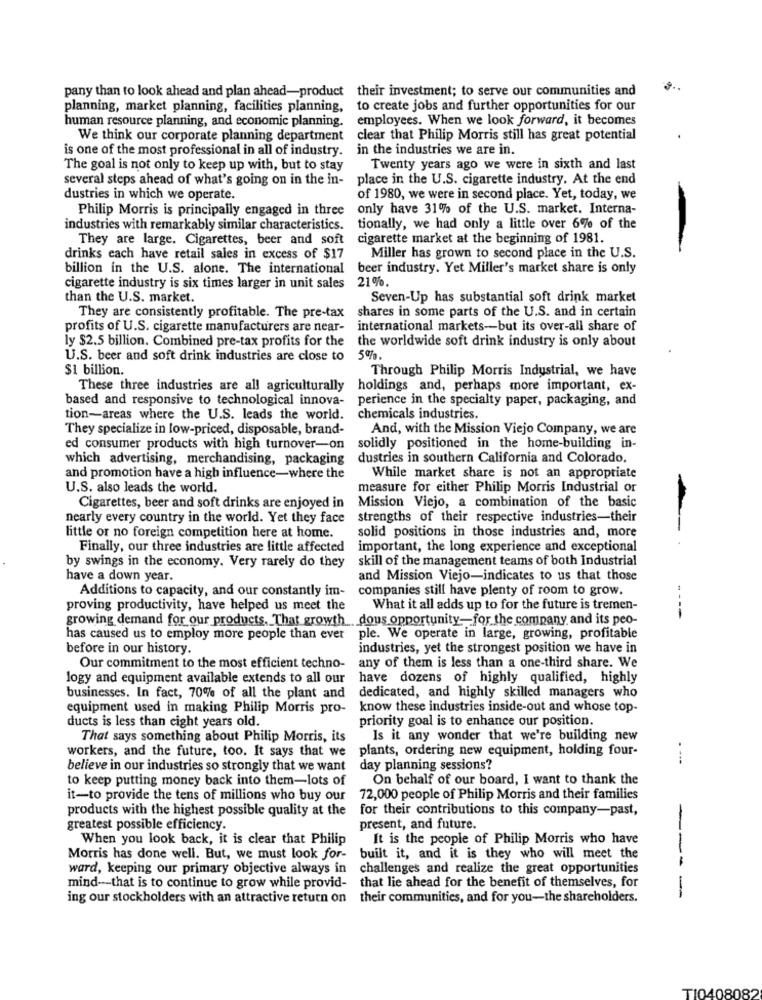
pany than to look ahead and plan ahead-product their investment; to serve our communities and
planning, market planning, facilities planning, to create jobs and further opportunities for our
human resource planning, and economic planning. employees. When we look forward, it becomes
We think our corporate planning department
clear that Philip Morris still has great potential
is one of the most professional in all of industry.
in the industries we are in.
The goal is not only to keep up with, but to stay
Twenty years ago we were in sixth and last
several steps ahead of what's going on in the in-
place in the U.S. cigarette industry. At the end
dustries in which we operate.
of 1980, we were in second place. Yet, today, we
Philip Morris is principally engaged in three
only have 31% of the U.S. market. Interna-
industries with remarkably similar characteristics.
tionally, we had only a little over 6% of the
They are large. Cigarettes, beer and soft
cigarette market at the beginning of 1981.
drinks each have retail sales in excess of $17
Miller has grown to second place in the U.S.
billion in the U.S. alone. The international
beer industry. Yet Miller's market share is only
21%.
cigarette industry is six times larger in unit sales
than the U.S. market.
Seven-Up has substantial soft drink market
shares in some parts of the U.S. and in certain
They are consistently profitable. The pre-tax
profits of U.S. cigarette manufacturers are near-
international markets -- but its over-all share of
ly $2.5 billion. Combined pre-tax profits for the
the worldwide soft drink industry is only about
U.S. beer and soft drink industries are close to
5%.
$1 billion.
Through Philip Morris Industrial, we have
These three industries are all agriculturally
holdings and, perhaps more important, ex-
based and responsive to technological innova-
perience in the specialty paper, packaging, and
tion-areas where the U.S. leads the world.
chemicals industries.
They specialize in low-priced, disposable, brand-
And, with the Mission Viejo Company, we are
ed consumer products with high turnover-on
solidly positioned in the home-building in-
which advertising, merchandising, packaging
dustries in southern California and Colorado.
and promotion have a high influence-where the
While market share is not an appropriate
U.S. also leads the world.
measure for either Philip Morris Industrial or
Mission Viejo, a combination of the basic
Cigarettes, beer and soft drinks are enjoyed in
nearly every country in the world. Yet they face
strengths of their respective industries-their
solid positions in those industries and, more
little or no foreign competition here at home.
Finally, our three industries are little affected
important, the long experience and exceptional
skill of the management teams of both Industrial
by swings in the economy. Very rarely do they
have a down year.
and Mission Viejo-indicates to us that those
Additions to capacity, and our constantly im-
companies still have plenty of room to grow.
proving productivity, have helped us meet the
What it all adds up to for the future is tremen-
growing demand for our products. That growth dous opportunity-for the company and its peo-
----
has caused us to employ more people than ever
ple. We operate in large, growing, profitable
before in our history.
industries, yet the strongest position we have in
Our commitment to the most efficient techno-
any of them is less than a one-third share. We
logy and equipment available extends to all our
have dozens of highly qualified, highly
businesses. In fact, 70% of all the plant and
dedicated, and highly skilled managers who
equipment used in making Philip Morris pro-
know these industries inside-out and whose top-
priority goal is to enhance our position.
ducts is less than eight years old.
That says something about Philip Morris, its
Is it any wonder that we're building new
workers, and the future, too. It says that we
plants, ordering new equipment, holding four-
- ---
believe in our industries so strongly that we want
day planning sessions?
to keep putting money back into them-lots of
On behalf of our board, I want to thank the
it-to provide the tens of millions who buy our
72,000 people of Philip Morris and their families
products with the highest possible quality at the
for their contributions to this company-past,
greatest possible efficiency.
present, and future.
When you look back, it is clear that Philip
It is the people of Philip Morris who have
Morris has done well. But, we must look for-
built it, and it is they who will meet the
ward, keeping our primary objective always in challenges and realize the great opportunities
---
mind -- that is to continue to grow while provid- that lie ahead for the benefit of themselves, for
-
ing our stockholders with an attractive return on their communities, and for you-the shareholders.
TI0408082